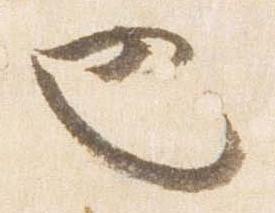
也